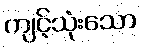
ကျင့်သုံးသော